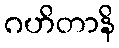
ဂဟိတာနိ